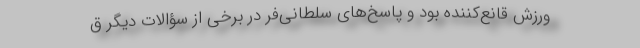
ورزش قانع‌کننده بود و پاسخ‌های سلطانی‌فر در برخی از سؤالات دیگر ق